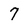
Character: 7